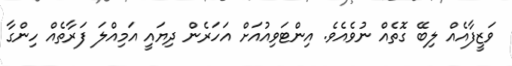
ވަޒީފާއެއް ލިބޭ ގޮތެއް ނުވެއެވެ. އިންޓަވިއުއަށް އަހަރެން ދިޔައީ އަމިއްލަ ފަރާތެއް ހިންގާ